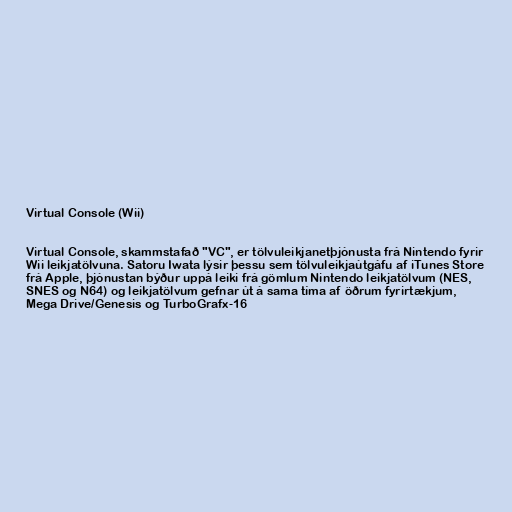
Virtual Console (Wii)

Virtual Console, skammstafað "VC", er tölvuleikjanetþjónusta frá Nintendo fyrir
Wii leikjatölvuna. Satoru Iwata lýsir þessu sem tölvuleikjaútgáfu af iTunes Store
frá Apple, þjónustan býður uppá leiki frá gömlum Nintendo leikjatölvum (NES,
SNES og N64) og leikjatölvum gefnar út á sama tíma af öðrum fyrirtækjum,
Mega Drive/Genesis og TurboGrafx-16